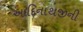
આદિનાથજીની